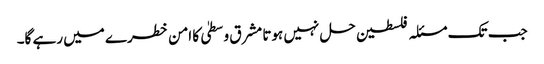
جب تک مسئلہ فلسطین حل نہیں ہوتا مشرق وسطیٰ کا امن خطرے میں رہے گا۔